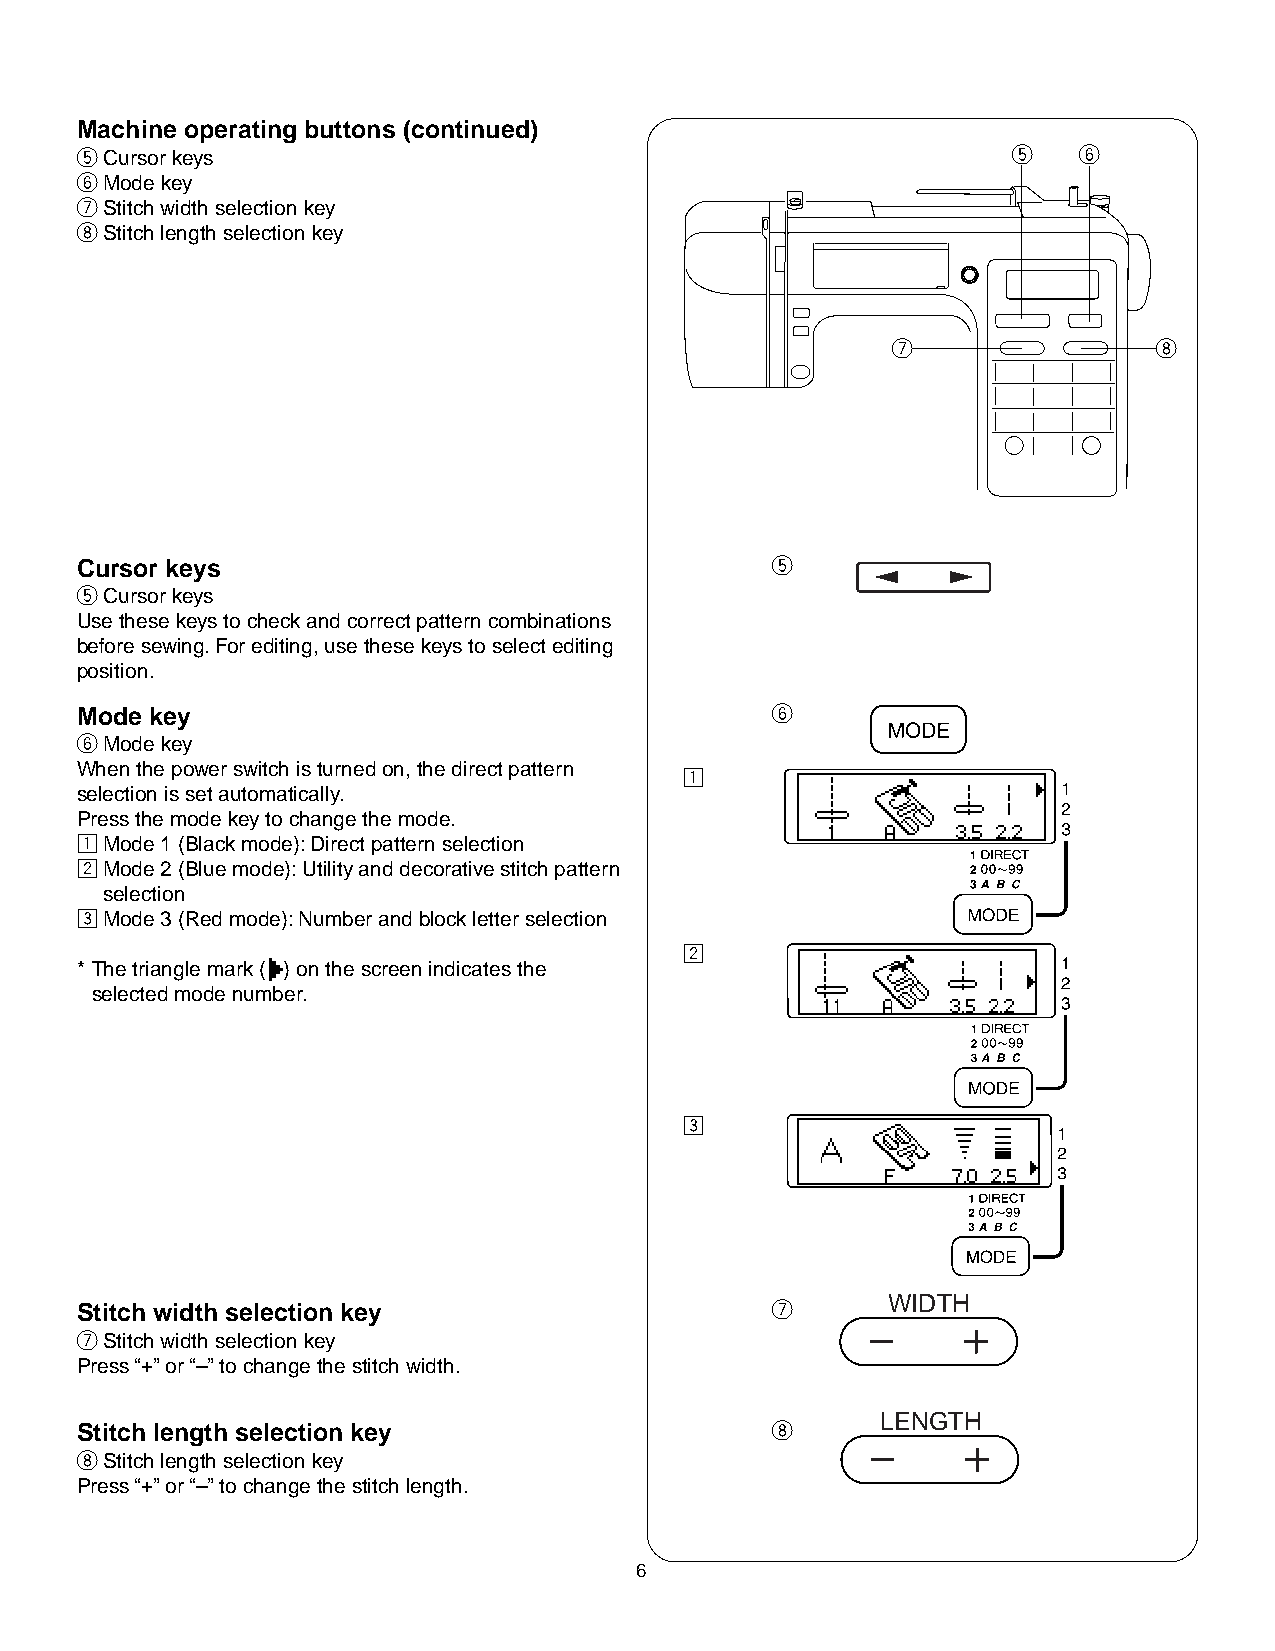
Machine operating buttons (continued)
 tCursor keys                                                  t   y
 yMode key
 uStitch width selection key
 iStitch length selection key
 u                 i
 Cursor keys                                   t
 tCursor keys
 Use these keys to check and correct pattern combinations
 before sewing. For editing, use these keys to select editing
 position.
 Mode key                                      y
 yMode key
 When the power switch is turned on, the direct pattern
 z
 selection is set automatically.
 Press the mode key to change the mode.
 zMode 1 (Black mode): Direct pattern selection
 xMode 2 (Blue mode): Utility and decorative stitch pattern
 selection
 cMode 3 (Red mode): Number and block letter selection
 x
 * The triangle mark ( ) on the screen indicates the
 selected mode number.
 c
 Stitch width selection key                    u       WIDTH
 uStitch width selection key
 Press “+” or “–” to change the stitch width.
 LENGTH
 Stitch length selection key                   i
 iStitch length selection key
 Press “+” or “–” to change the stitch length.
 6